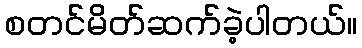
စတင်မိတ်ဆက်ခဲ့ပါတယ်။